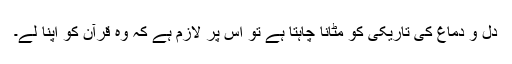
دل و دماغ کی تاریکی کو مٹانا چاہتا ہے تو اس پر لازم ہے کہ وہ قرآن کو اپنا لے۔